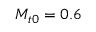
{ { M } _ { t 0 } } = 0 . 6